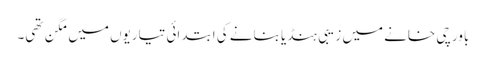
باورچی خانے میں زیبی ہنڈیا بنانے کی ابتدائی تیاریوں میں مگن تھی۔